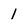
Character: 1